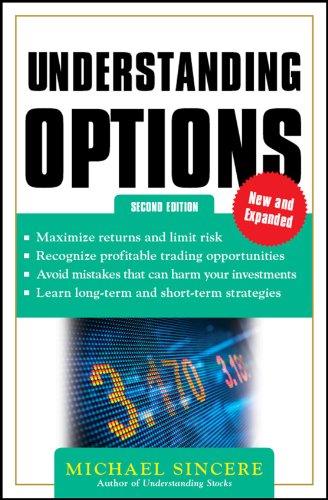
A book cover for Understanding Options 2E; Michael Sincere; Business & Money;